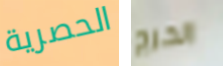
الحصرية الحرج